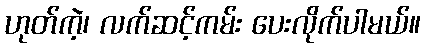
ဟုတ်ကဲ့၊ လက်ဆင့်ကမ်း ပေးလိုက်ပါမယ်။